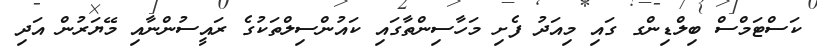
ކަސްޓަމްސް ބިލްޑިންގ ގައި މިއަދު ފެށި މަހާސިންތާގައި ކައުންސިލްތަކުގެ ރައީސުންނާއި މޭޔަރުން އަދި